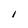
Character: I